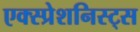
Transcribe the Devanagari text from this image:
एक्स्प्रेशनिस्ट्स